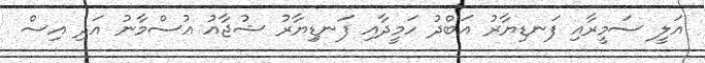
އަލީ ސަމީރާއި ފަނޑިޔާރު އަބްދު ހަމީދާއި ފަނޑިިޔާރު ޝުޖާއު އުސްމާނު އަދި އިސް